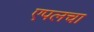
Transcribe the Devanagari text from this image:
एपलचा